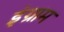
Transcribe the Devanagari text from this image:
इंग्राम